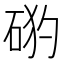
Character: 𥒙